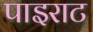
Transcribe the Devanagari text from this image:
पाइराट